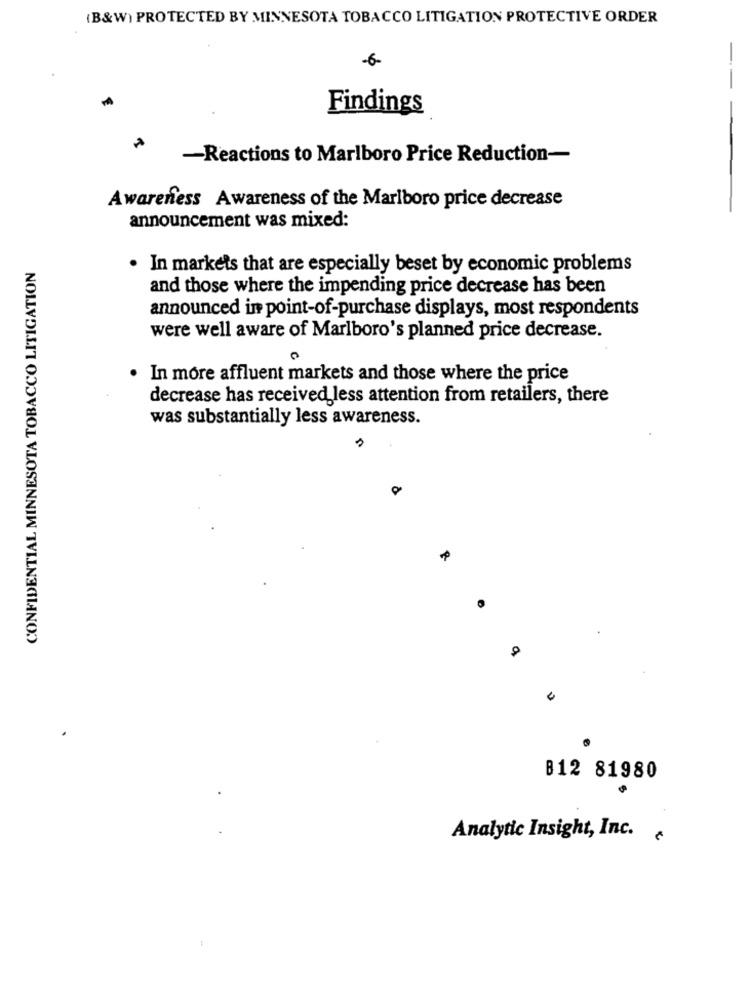
(B&W) PROTECTED BY MINNESOTA TOBACCO LITIGATION PROTECTIVE ORDER
-6-
--
Findings
-Reactions to Marlboro Price Reduction-
Awareness Awareness of the Marlboro price decrease
announcement was mixed:
CONFIDENTIAL MINNESOTA TOBACCO LITIGATION
· In markets that are especially beset by economic problems
and those where the impending price decrease has been
announced in point-of-purchase displays, most respondents
were well aware of Marlboro's planned price decrease.
In more affluent markets and those where the price
decrease has received less attention from retailers, there
was substantially less awareness.
B12 81980
Analytic Insight, Inc.